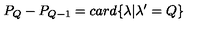
P _ { Q } - P _ { Q - 1 } = c a r d \{ \lambda | \lambda ^ { \prime } = Q \}